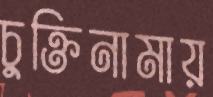
চুক্তিনামায়